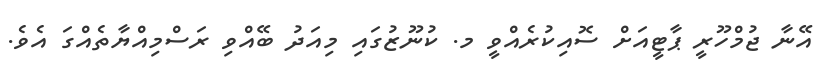
އޭނާ ޖުމްހޫރީ ޕާޓީއަށް ސޮއިކުރެއްވީ މ. ކުނޫޒުގައި މިއަދު ބޭއްވި ރަސްމިއްޔާތެއްގަ އެވެ.